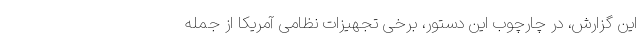
این گزارش، در چارچوب این دستور، برخی تجهیزات نظامی آمریکا از جمله